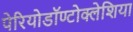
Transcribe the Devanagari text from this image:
पेरियोडॉण्टोक्लेशिया